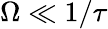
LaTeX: \Omega\ll 1/\tau